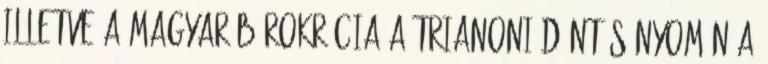
illetve a magyar bürokrácia a Trianoni döntés nyomán a